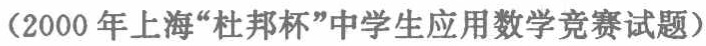
（2000 年上海“杜邦杯”中学生应用数学竞赛试题）